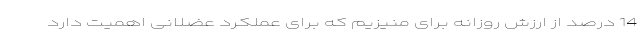
14 درصد از ارزش روزانه برای منیزیم که برای عملکرد عضلانی اهمیت دارد